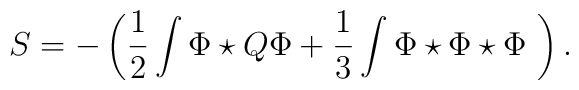
S=-\left(\frac{1}{2}\int \Phi\star Q \Phi+    \frac{1}{3}\int \Phi\star \Phi\star    \Phi \ \right).